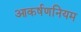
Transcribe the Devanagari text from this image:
आकर्षणनियम